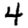
Digit: 4